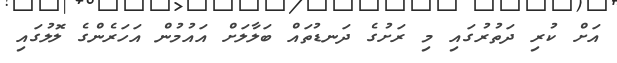
އަށް ކުރި ދަތުރުގައި މި ރަށުގެ ދަނޑުތައް ބަލާލަށް އައުމުން އަހަރެންގެ ލޮލުގައި